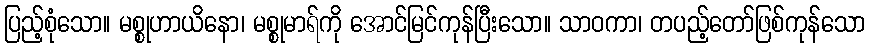
ပြည့်စုံသော။ မစ္စုဟာယိနော၊ မစ္စုမာရ်ကို အောင်မြင်ကုန်ပြီးသော။ သာဝကာ၊ တပည့်တော်ဖြစ်ကုန်သော